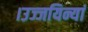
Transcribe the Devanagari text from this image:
।उज्जयिन्यां